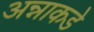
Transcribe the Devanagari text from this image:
अन्नाकडे